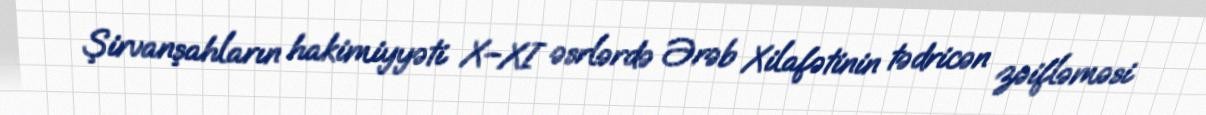
Şirvanşahların hakimiyyəti X–XI əsrlərdə Ərəb Xilafətinin tədricən zəifləməsi